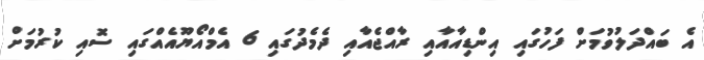
އެ ބައްދަލުވުމަށް ފަހުގައި އިންޑިއާއާއި ރާއްޖެއާއި ދެމެދުގައި 6 އެމްއޯޔޫއެއްގައި ސޮއި ކުރުމަށް